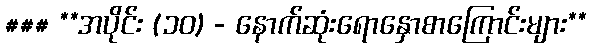
### **အပိုင်း (၁၀) - နောက်ဆုံးရောနှောစာကြောင်းများ**